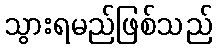
သွားရမည်ဖြစ်သည်